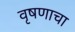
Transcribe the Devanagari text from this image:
वृषणाचा